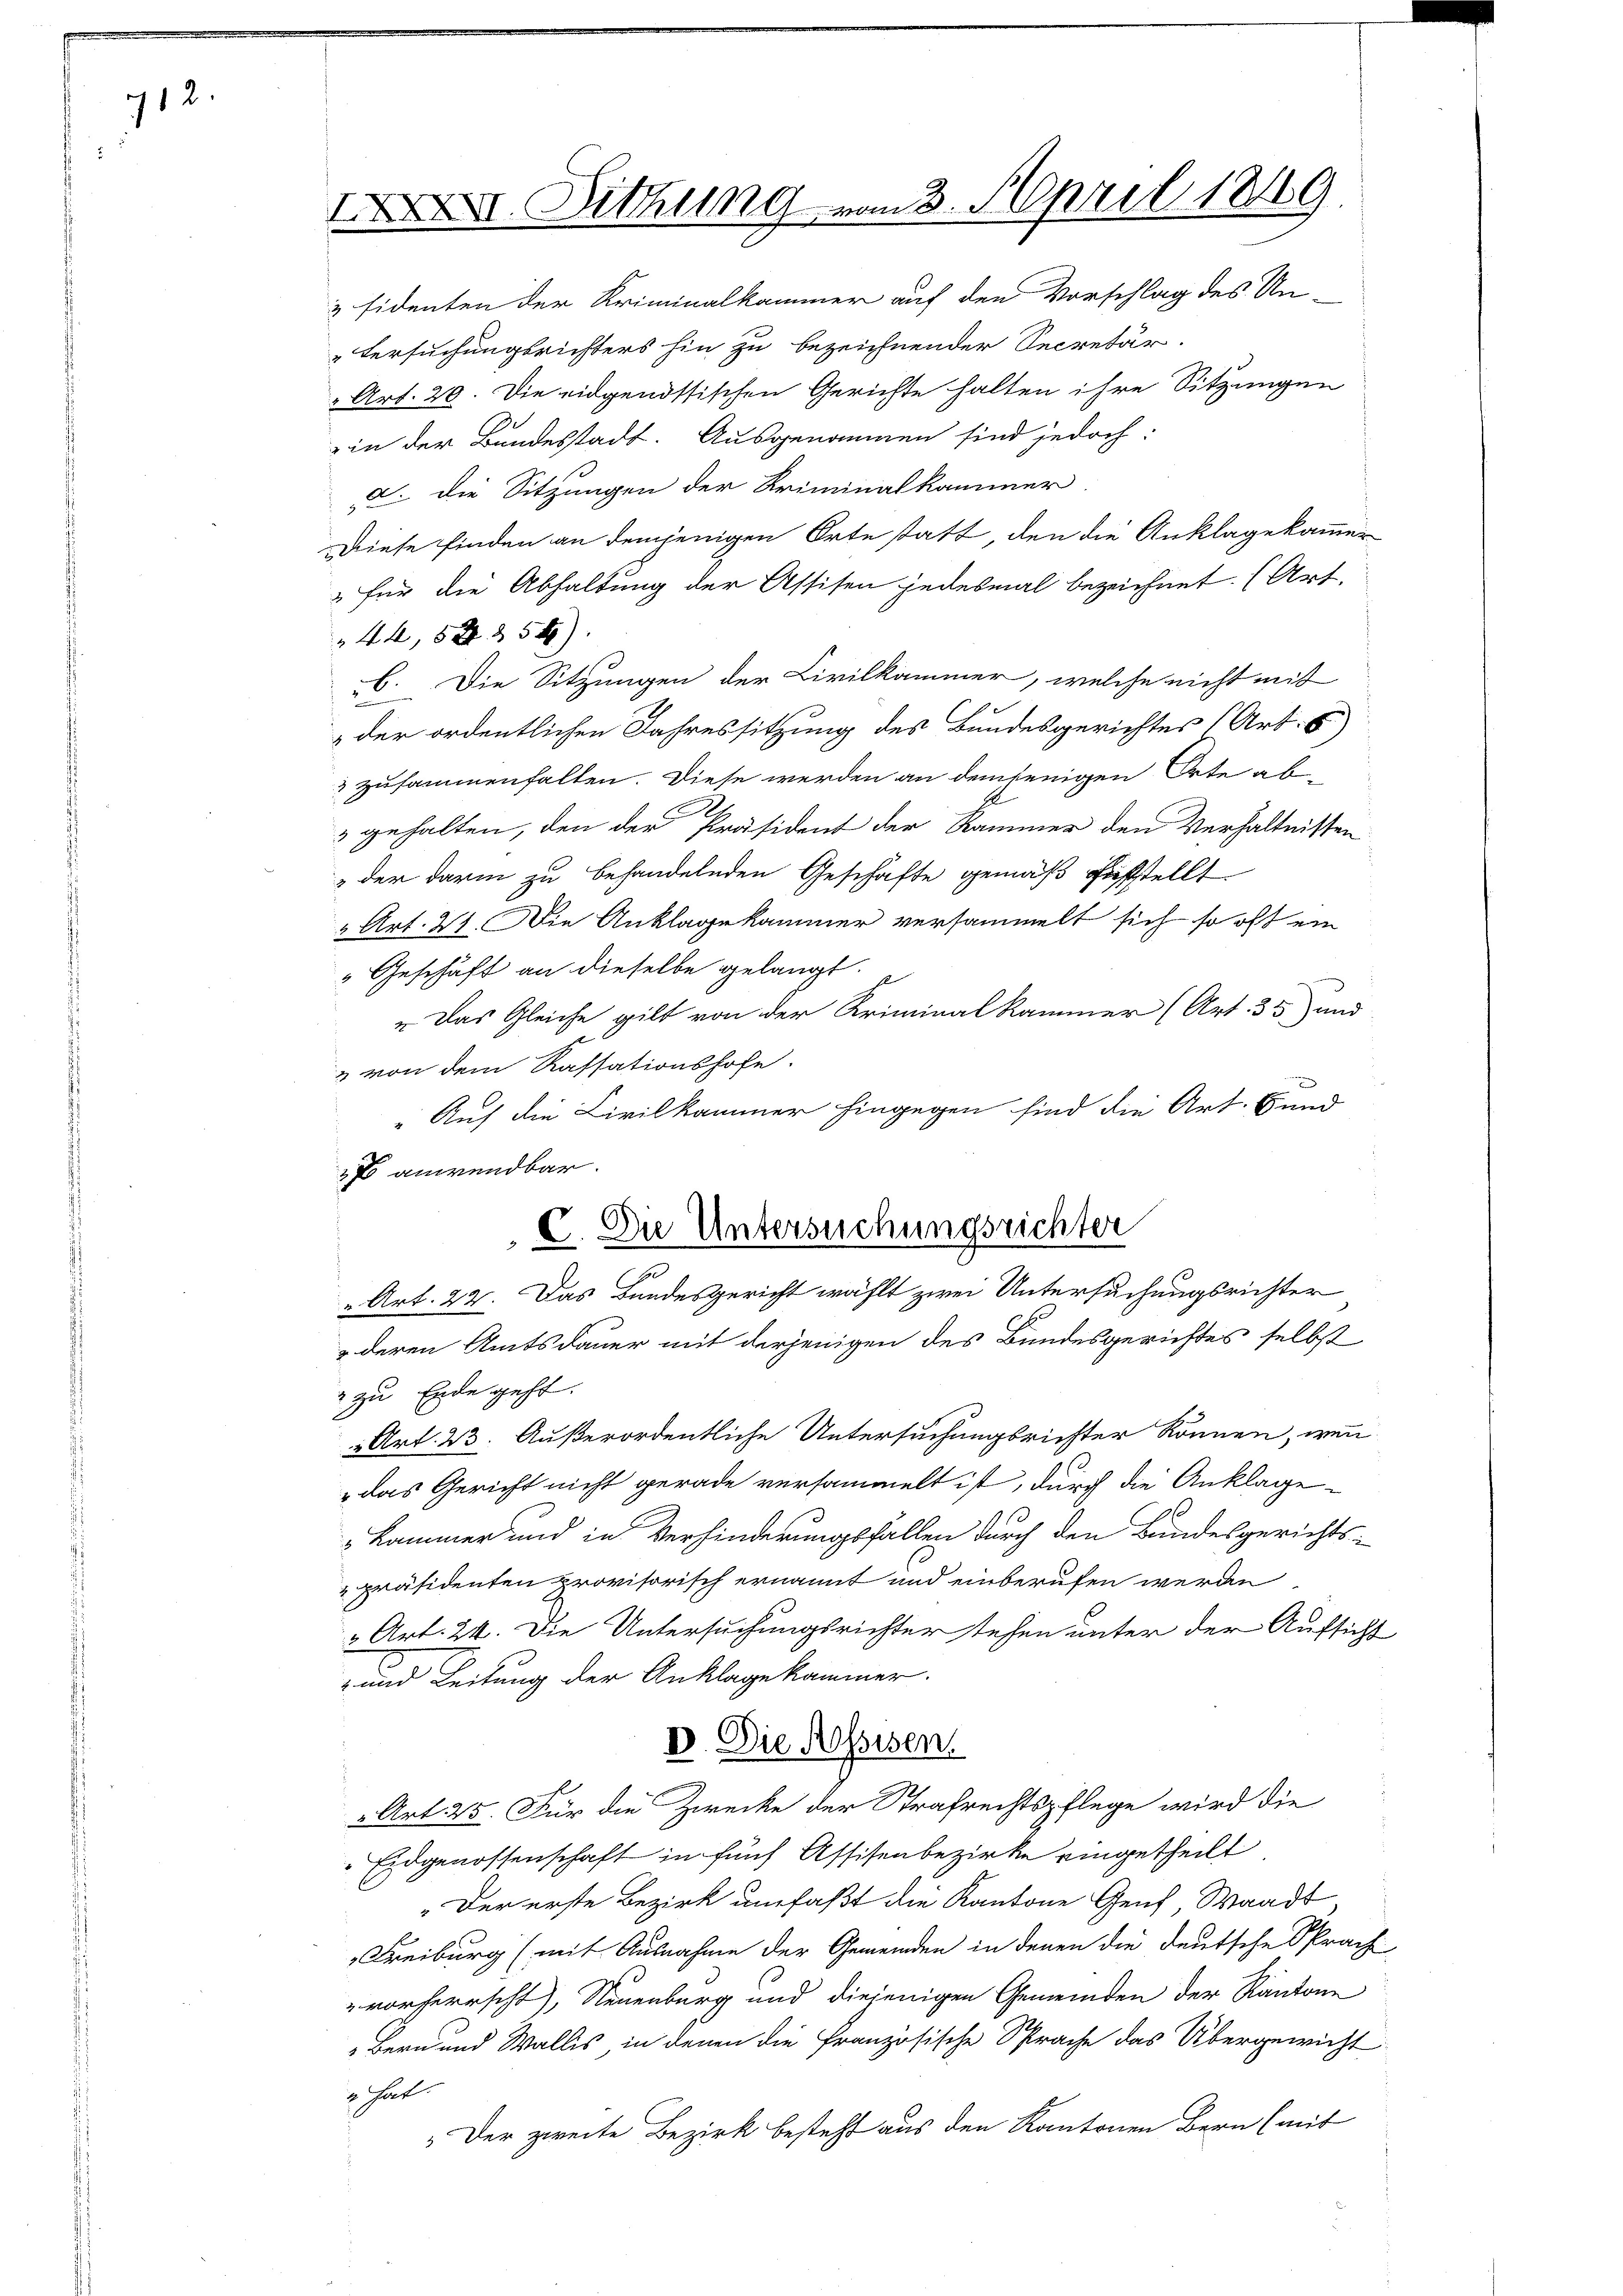
712.

IXXXII. Dittung vom 3. April 1849

& sidenten der Kriminalkammer auf den Vorschlag des Un-
„Versuchungsrichters hin zu bezeichnender Secretär.
Art. 20. Die eidgenössischen Gerichte halten ihre Sitzungen
in der Bundesstadt. Ausgenommen sind jedoch:
d. Die Sitzungen der Kriminalkammer
Diese finden an demjenigen Orte statt, den die Anklage kammer
 für die Abhaltung der Assisen jedesmal bezeichnet. (Art.
44, 52. 358)
b. Die Sitzungen der Civilkammer, welche nicht mit
der ordentlichen Jahressitzung des Bundesgerichtes (Art. 8)
3 zusammenhalten. Diese werden an demjenigen Orte aber
& gehalten, den der Präsident der Kammer den Verhältnissen
 der darin zu behandelnden Geschäfte gemäß geiststellt
" Art. 21. Die Anklagekammer versammelt sich so oft ein
"Geschäft an dieselbe gelangt.
„Das Gleiche gilt von der Kriminalkammer (Art. 33) und
& von dem Kassationshofe.
" Auf die Civilkammer hingegen sind die Art. Bund
17 anwendbar.
C. Die Untersuchungsrichter
Art. 22. Das Bundesgericht wählt zwei Untersuchungsrichter
deren Amtsdauer mit derjenigen des Bundesgerichtes selbst
" zu Ende geht.
 Art. 23. Außerordentliche Untersuchungsrichter können, wenn
das Gericht nicht gerade versammelt ist, durch die Anklage
"Kammer und in Verhinderungsfallen durch den Bundesgerichts-
präsidenten provisorisch ernannt und einberufen werden
3 Art. 24. Die Untersuchungsrichter stehen unter der Aufsicht
- und Leitung der Anklage kammer.
D. Die Assisen.
 Art. 25. Für die Zwecke der Strafrechtspflege wird die
Eidgenossenschaft in fünf Assisenbezirke eingetheilt
Der erste Bezirk umfaßt die Kantone Genf Waadt
Freiburg (mit Ausnahme der Gemeinden in denen die deutsche Sprach
" vorherrscht), Neuenburg und diejenigen Gemeinden der Kantone
Bern und Wallis in denen die Französische Sprache das Übergewicht
2 hat.
„Der zweite Bezirk besteht aus den Kantonen Bern (mit